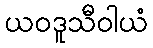
ယဝဒူသီဝါယံ